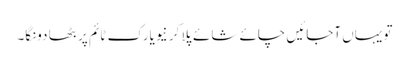
تو یہاں آجائیں چائے شائے پلا کر نیویارک ٹائم پر بٹھا دونگا۔